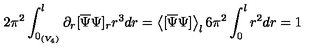
2 \pi ^ { 2 } \int _ { 0 _ { ( V _ { 4 } ) } } ^ { l } \partial _ { r } [ \overline { { \Psi } } \Psi ] _ { r } r ^ { 3 } d r = \left< [ \overline { { \Psi } } \Psi ] \right> _ { l } 6 \pi ^ { 2 } \int _ { 0 } ^ { l } r ^ { 2 } d r = 1